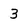
Character: 3